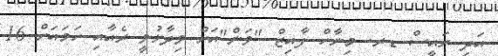
އަދި ރައީސް ޑރ. މިނާހް ފާއިޒް "ވަން"އަށް ވިދާޅުވީ ރެއާއި ހަމައަށް 16